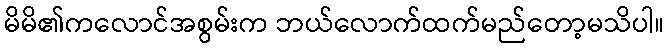
မိမိ၏ကလောင်အစွမ်းက ဘယ်လောက်ထက်မည်တော့မသိပါ။